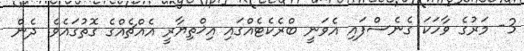
3- މަރުގެ ވާހަކަ ގެނެސްފައި އެވަނީ ބްރެކެޓެއްގައި އިޚްތިޔާރީ އެއްޗެއްގެ ގޮތުގައެވެ. ދެން